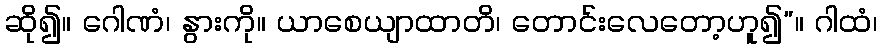
ဆို၍။ ဂေါဏံ၊ နွားကို။ ယာစေယျာထာတိ၊ တောင်းလေတော့ဟူ၍”။ ဂါထံ၊